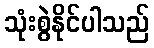
သုံးစွဲနိုင်ပါသည်